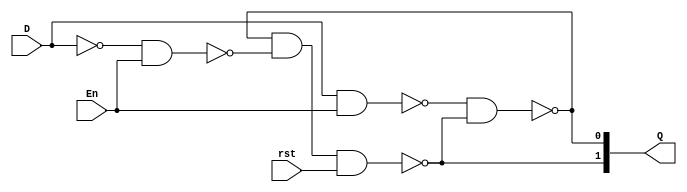
module D_Latch_basic_gate(output [1:0]Q, input D, En, rst);

wire [2:0]w;

not G0(w[0], D);
nand G1(w[1], D, En);
nand G2(w[2], w[0], En);
nand G3(Q[0], w[1], Q[1]);
nand G4(Q[1], Q[0], w[2], rst);

endmodule